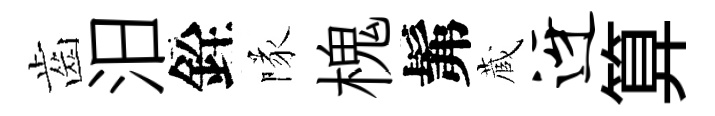
齒汨銓隊槐髴蔵迓算